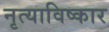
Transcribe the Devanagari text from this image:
नृत्याविष्कार